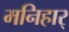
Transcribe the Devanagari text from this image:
मनिहार्